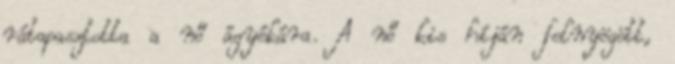
rátapasztotta a nő ágyékára. A nő kis híján felnyögött,